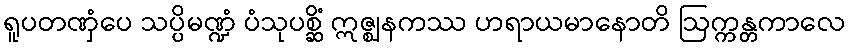
ရူပတဏှံပေ သပ္ပိမဏ္ဍံ ပံသုပစ္ဆိံ ဣဇ္ဈနကဿ ဟရာယမာနောတိ ဩက္ကန္တကာလေ